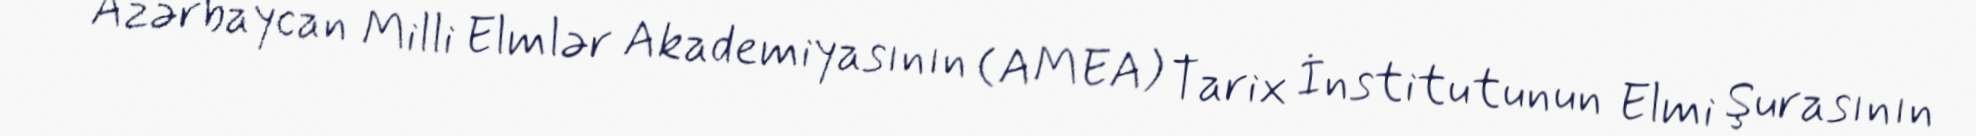
Azərbaycan Milli Elmlər Akademiyasının (AMEA) Tarix İnstitutunun Elmi Şurasının